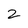
Character: 2